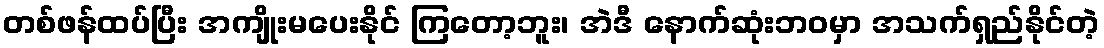
တစ်ဖန်ထပ်ပြီး အကျိုးမပေးနိုင် ကြတော့ဘူး၊ အဲဒီ နောက်ဆုံးဘဝမှာ အသက်ရှည်နိုင်တဲ့